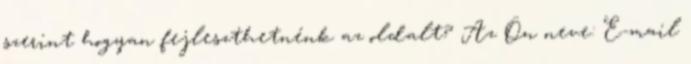
szerint hogyan fejleszthetnénk az oldalt? Az Ön neve: E-mail